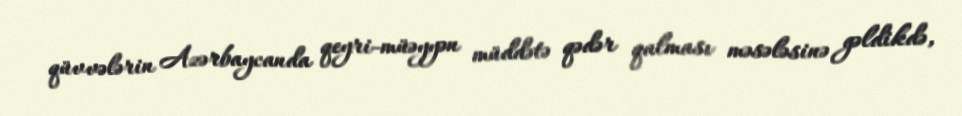
qüvvələrin Azərbaycanda qeyri-müəyyən müddətə qədər qalması məsələsinə gəldikdə,